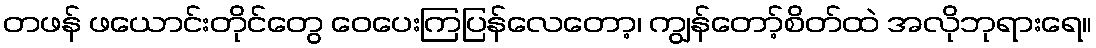
တဖန် ဖယောင်းတိုင်တွေ ဝေပေးကြပြန်လေတော့၊ ကျွန်တော့်စိတ်ထဲ အလိုဘုရားရေ။